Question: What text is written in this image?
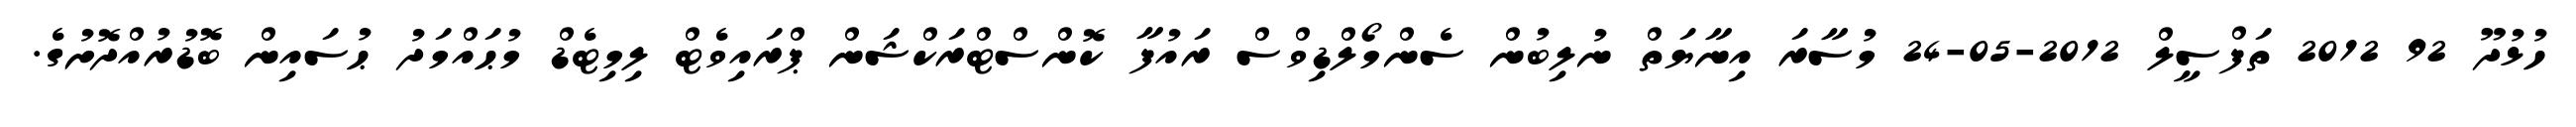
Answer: ހުޅުދޫ 92 2012 ތަފްސީލް 2012-05-24 މުސާރަ އިނާޔަތް ނުލިބުން ސެންމޯލްޑިވްސް ރައުފާ ކޮންސްޓްރަކްޝަން ޕްރައިވެޓް ލިމިޓެޑް މުޙައްމަދު ޙުސައިން ބޮޑުރުއްދޮށުގެ.